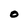
Character: O